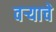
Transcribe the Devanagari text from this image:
वऱ्याचे